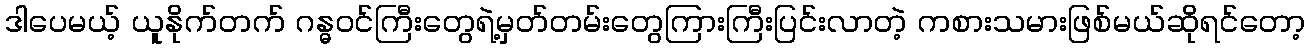
ဒါပေမယ့် ယူနိုက်တက် ဂန္ဓဝင်ကြီးတွေရဲ့မှတ်တမ်းတွေကြားကြီးပြင်းလာတဲ့ ကစားသမားဖြစ်မယ်ဆိုရင်တော့